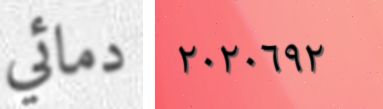
دمائي ٢٠٢٠٦٩٢